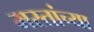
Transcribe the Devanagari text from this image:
मस्तांच्या